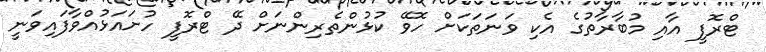
ޓްރޮފީ އާއި މުބާރާތުގެ އެކި ވަނަތަކަށް ހޮވޭ ކުޅުންތެރިންނަށް ދޭ ޓްރޮފީ ހުށައަޅުއްވާފައިވަނީ